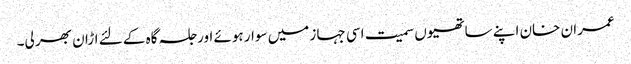
عمران خان اپنے ساتھیوں سمیت اسی جہاز میں سوار ہوئے اور جلسہ گاہ کے لئے اڑان بھر لی۔